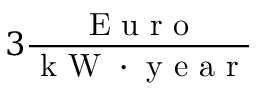
3 \frac { \mathrm { ~ E ~ u ~ r ~ o ~ } } { \mathrm { ~ k ~ W ~ } \cdot \mathrm { ~ y ~ e ~ a ~ r ~ } }